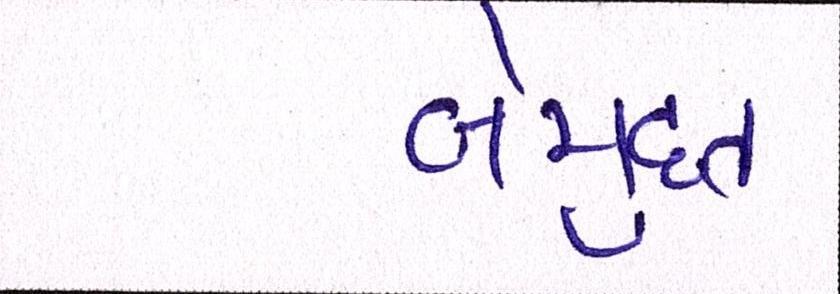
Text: બેમુદત